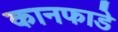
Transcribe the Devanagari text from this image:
कानफाडे